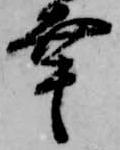
幸